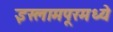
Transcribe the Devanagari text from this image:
इस्लामपूरमध्ये